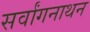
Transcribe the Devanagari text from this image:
सर्वांगनाथन